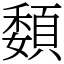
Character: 䫋